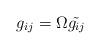
LaTeX: \begin{align*}g_{ij}=\Omega \tilde {g_{ij}} \end{align*}